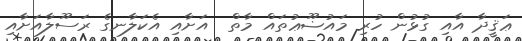
ޢަޤީދާ އާއި ގުޅުން ހުރި މައުޟޫޢުތައް މާތް  އަށާއި އެކަލާނގެ ރަސޫލާއަށާއި